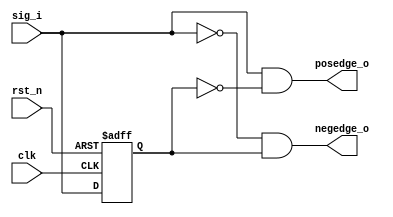
module edgedetector(clk,rst_n,sig_i,posedge_o,negedge_o);
    input clk,rst_n,sig_i;
    output posedge_o,negedge_o;

    reg sig_i_d;

    always @(posedge clk,negedge rst_n)
        begin
            if(!rst_n)
                sig_i_d<=0;
            else
                sig_i_d<=sig_i;
        end

    assign posedge_o=sig_i&~(sig_i_d);
    assign negedge_o=(~sig_i)&sig_i_d;
endmodule